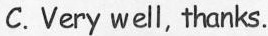
C. Very well, thanks.